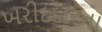
ખરીદદારના